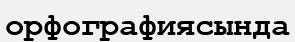
орфографиясында